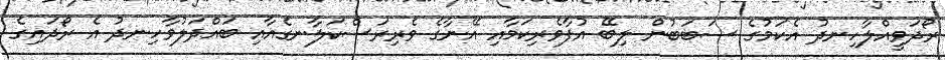
ރޯދަވީއްލާހިނދު އެކަމުގެ ސަބަބުން ލިބޭ އުފާވެރިކަމާއި އޭނާގެ ވެރިރަސްކަލާނގެއާއި ބައްދަލުވާހިނދު އެ ރޯދައިގެ